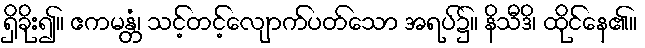
ရှိခိုး၍။ ဧကမန္တံ၊ သင့်တင့်လျောက်ပတ်သော အရပ်၌။ နိသီဒိ၊ ထိုင်နေ၏။